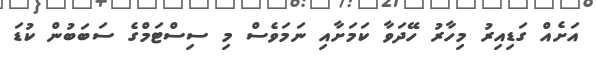
އަށެއް ގަޑިއިރު މިހާރު ހޭދަވާ ކަމަށާއި ނަމަވެސް މި ސިސްޓަމްގެ ސަބަބުން ކުޑަ